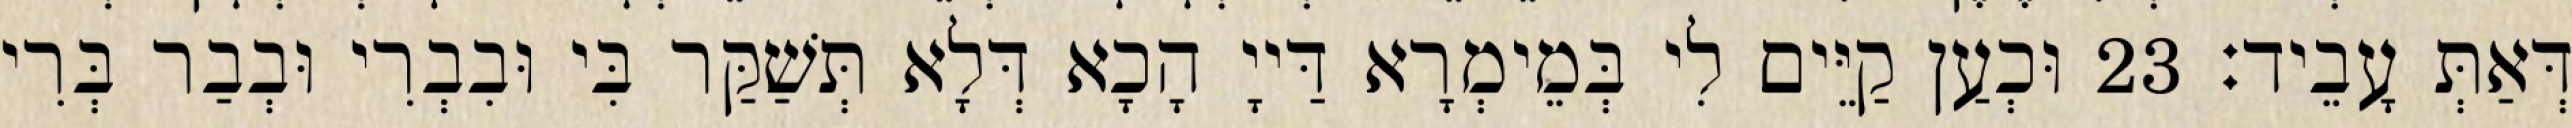
דְּאַתְּ עָבֵיד׃ 23 וּכְעַן קַיֵּים לִי בְּמֵימְרָא דַּייָ הָכָא דְּלָא תְּשַׁקַּר בִּי וּבִבְרִי וּבְבַר בְּרִי